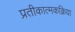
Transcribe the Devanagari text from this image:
प्रतीकात्मकक्रिया